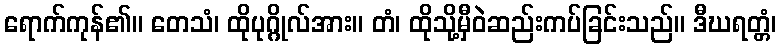
ရောက်ကုန်၏။ တေသံ၊ ထိုပုဂ္ဂိုလ်အား။ တံ၊ ထိုသို့မှီဝဲဆည်းကပ်ခြင်းသည်။ ဒီဃရတ္တံ၊